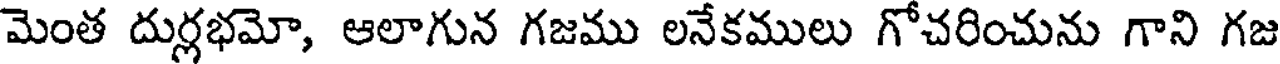
మెంత దుర్లభమో, ఆలాగున గజము లనేకములు గోచరించును గాని గజ